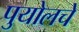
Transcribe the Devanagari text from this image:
पुयोलचे